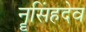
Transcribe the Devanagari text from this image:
नॄसिंहदेव